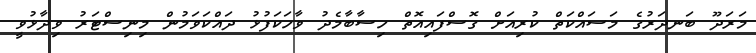
މަރަދޫ ބަނދަރުގެ މަސައްކަތް ކުރިއަށް ގޮސްފައިއޮތް ހިސާބާމެދު ވާހަކަފުޅު ދައްކަވަމުން މިނިސްޓަރު ވިދާޅުވީ